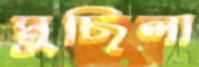
মুছিলা